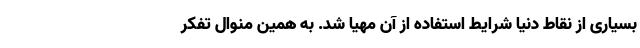
بسیاری از نقاط دنیا شرایط استفاده از آن مهیا شد. به همین منوال تفکر